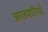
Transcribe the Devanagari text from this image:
आलमारियाँ